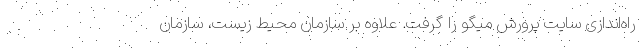
راه‌اندازی سایت پرورش میگو را گرفت. علاوه بر سازمان محیط زیست، سازمان